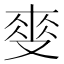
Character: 𲎏